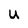
Character: u